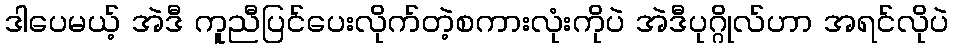
ဒါပေမယ့် အဲဒီ ကူညီပြင်ပေးလိုက်တဲ့စကားလုံးကိုပဲ အဲဒီပုဂ္ဂိုလ်ဟာ အရင်လိုပဲ